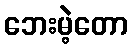
ဘေးမဲ့တော